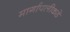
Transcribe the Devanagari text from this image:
मार्गापलीकडे